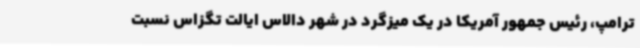
ترامپ، رئیس جمهور آمریکا در یک میزگرد در شهر دالاس ایالت تگزاس نسبت